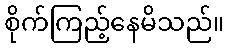
စိုက်ကြည့်နေမိသည်။